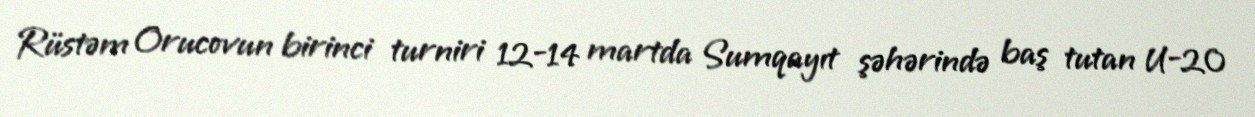
Rüstəm Orucovun birinci turniri 12-14 martda Sumqayıt şəhərində baş tutan U-20